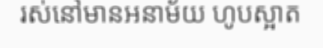
រស់នៅមានអនាម័យ ហូបស្អាត